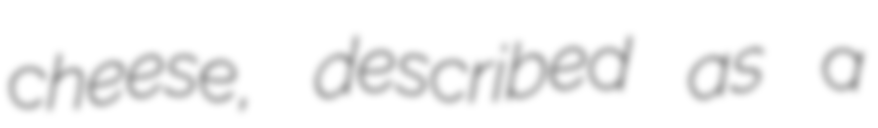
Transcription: cheese, described as a